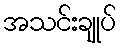
အသင်းချုပ်